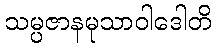
သမ္ပဇာနမုသာဝါဒေါတိ